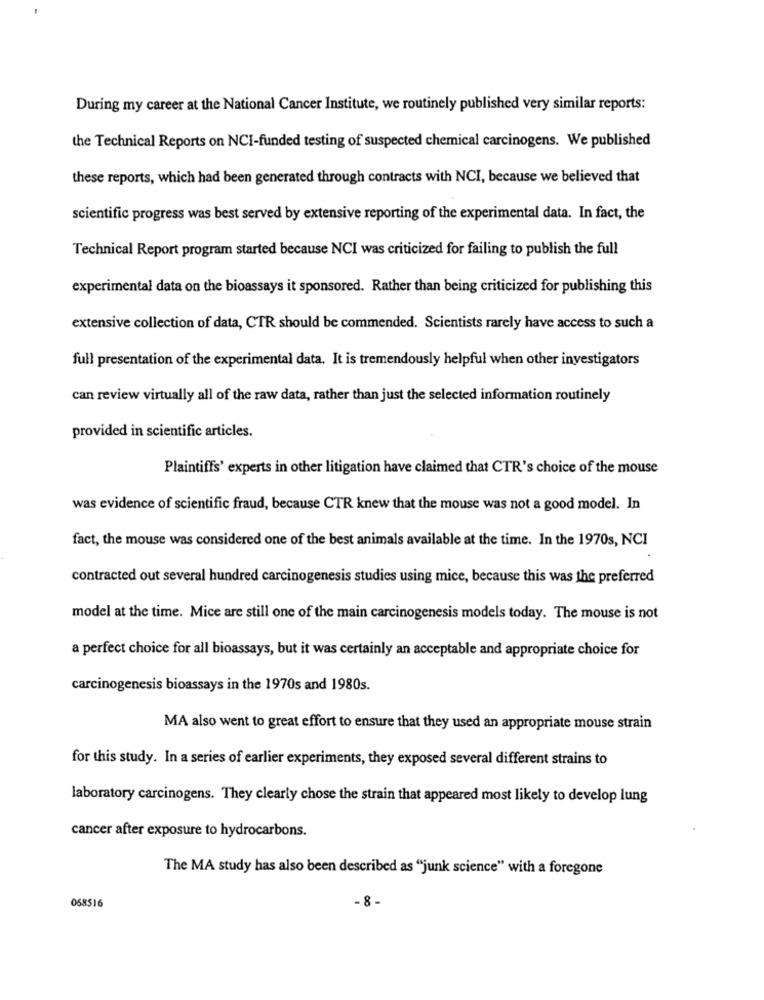
During my career at the National Cancer Institute, we routinely published very similar reports:
the Technical Reports on NCI-funded testing of suspected chemical carcinogens. We published
these reports, which had been generated through contracts with NCI, because we believed that
scientific progress was best served by extensive reporting of the experimental data. In fact, the
Technical Report program started because NCI was criticized for failing to publish the full
experimental data on the bioassays it sponsored. Rather than being criticized for publishing this
extensive collection of data, CTR should be commended. Scientists rarely have access to such a
full presentation of the experimental data. It is tremendously helpful when other investigators
can review virtually all of the raw data, rather than just the selected information routinely
provided in scientific articles.
Plaintiffs' experts in other litigation have claimed that CTR's choice of the mouse
was evidence of scientific fraud, because CTR knew that the mouse was not a good model. In
fact, the mouse was considered one of the best animals available at the time. In the 1970s, NCI
contracted out several hundred carcinogenesis studies using mice, because this was the preferred
model at the time. Mice are still one of the main carcinogenesis models today. The mouse is not
a perfect choice for all bioassays, but it was certainly an acceptable and appropriate choice for
carcinogenesis bioassays in the 1970s and 1980s.
MA also went to great effort to ensure that they used an appropriate mouse strain
for this study. In a series of earlier experiments, they exposed several different strains to
laboratory carcinogens. They clearly chose the strain that appeared most likely to develop lung
cancer after exposure to hydrocarbons.
The MA study has also been described as "junk science" with a foregone
-8
068516